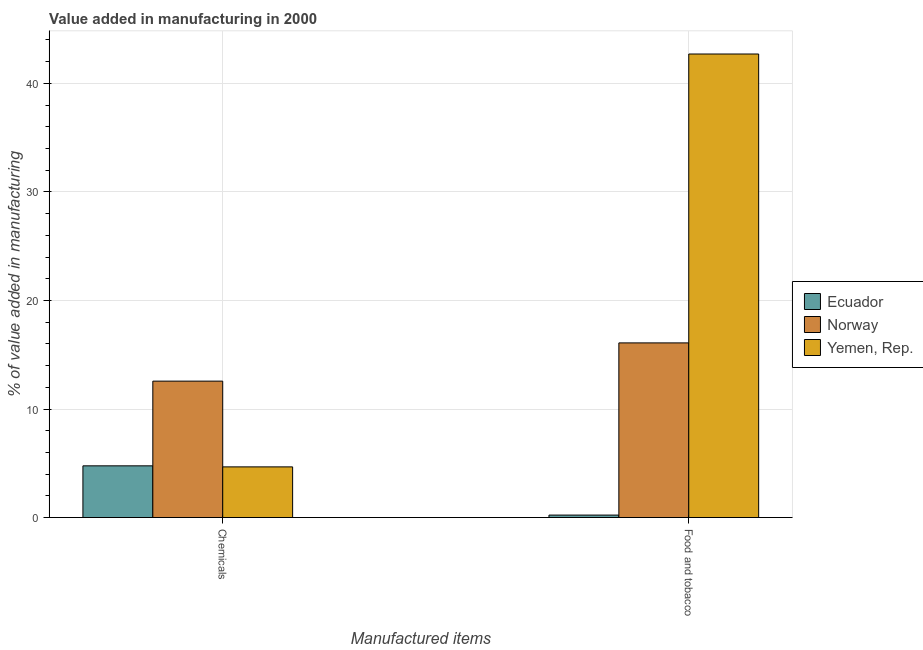
| Manufactured items | Ecuador | Norway | Yemen, Rep. |
 | --- | --- | --- | --- |
 | Chemicals | 4.76 | 12.6 | 4.67 |
 | Food and tobacco | 0.228 | 16.1 | 42.7 |